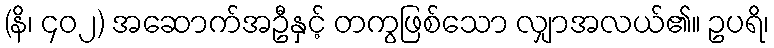
(နိ၊ ၄၀၂) အဆောက်အဦနှင့် တကွဖြစ်သော လျှာအလယ်၏။ ဥပရိ၊